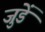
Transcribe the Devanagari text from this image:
जुडें